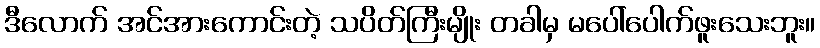
ဒီလောက် အင်အားကောင်းတဲ့ သပိတ်ကြီးမျိုး တခါမှ မပေါ်ပေါက်ဖူးသေးဘူး။